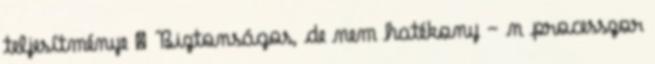
teljesítménye ● Biztonságos, de nem hatékony – n processzor